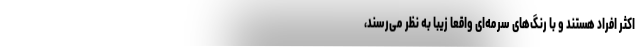
اکثر افراد هستند و با رنگ‌های سرمه‌ای واقعاً زیبا به نظر می‌رسند،